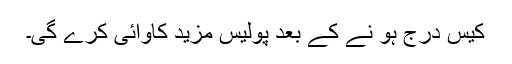
کیس درج ہو نے کے بعد پولیس مزید کاوائی کرے گی۔